Report on vaccination in the Province of Bengal - 1874-1889
Year: 1874
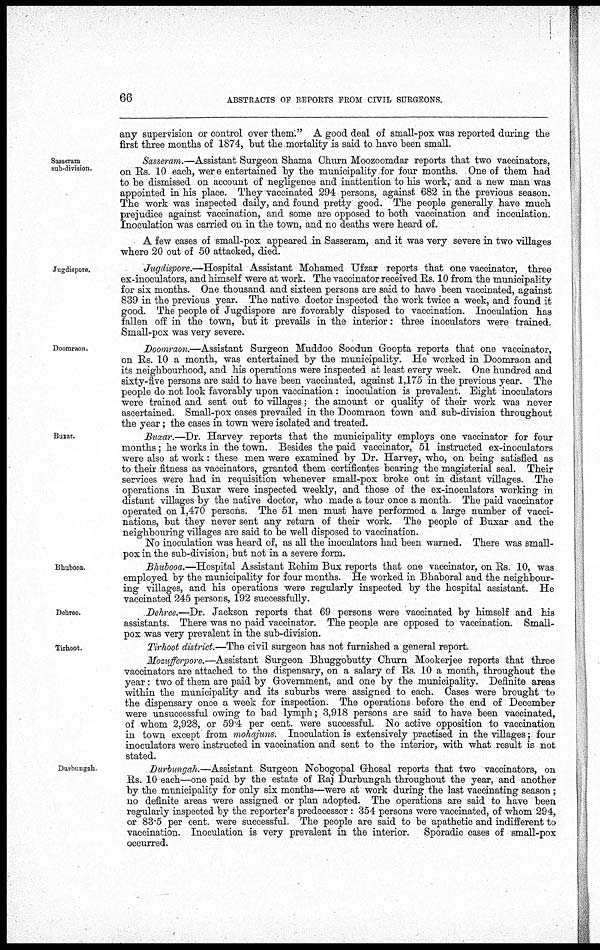
66
ABSTRACTS OF REPORTS FROM CIVIL SURGEONS.
any supervision or control over them." A good deal of small-pox was reported during the
first three months of 1874, but the mortality is said to have been small.
Sasseram
sub-division.
Sasseram.—Assistant Surgeon Shama Churn Moozoomdar reports that two vaccinators,
on Rs. 10 each, were entertained by the municipality for four months. One of them had
to be dismissed on account of negligence and inattention to his work, and a new man was
appointed in his place. They vaccinated 294 persons, against 682 in the previous season.
The work was inspected daily, and found pretty good. The people generally have much
p rejudice against vaccination, and some are opposed to both vaccination and inoculation.
Inoculation was carried on in the town, and no deaths were heard of.
A few cases of small-pox appeared in Sasseram, and it was very severe in two villages
where 20 out of 50 attacked, died.
Jugdispore.
Jugdispore.—Hospital Assistant Mohamed Ufzar reports that one vaccinator, three
ex-inoculators, and himself were at work. The vaccinator received Rs. 10 from the municipality
for six months. One thousand and sixteen persons are said to have been vaccinated, against
839 in the previous year. The native doctor inspected the work twice a week, and found it
good. The people of Jugdispore are fovorably disposed to vaccination. Inoculation has
fallen off in the town, but it prevails in the interior: three inoculators were trained.
Small-pox was very severe.
Doomraon.
Doomraon.—Assistant Surgeon Muddoo Soodun Goopta reports that one vaccinator,
on Rs. 10 a month, was entertained by the municipality. He worked in Doomraon and
its neighbourhood, and his operations were inspected at least every week. One hundred and
sixty-five persons are said to have been vaccinated, against 1,175 in the previous year. The
people do not look favorably upon vaccination : inoculation is prevalent. Eight inoculators
were trained and sent out to villages; the amount or quality of their work was never
ascertained. Small-pox cases prevailed in the Doomraon town and sub-division throughout
the year; the cases in town were isolated and treated.
Buxar.
Buxar.—Dr. Harvey reports that the municipality employs one vaccinator for four
months; he works in the town. Besides the paid vaccinator, 51 instructed ex-inoculators
were also at work: these men were examined by Dr. Harvey, who, on being satisfied as
to their fitness as vaccinators, granted them certificates bearing the magisterial seal. Their
services were had in requisition whenever small-pox broke out in distant villages. The
operations in Buxar were inspected weekly, and those of the ex-inoculators working in
distant villages by the native doctor, who made a tour once a month. The paid vaccinator
operated on 1,470 persons. The 51 men must have performed a large number of vacci-
nations, but they never sent any return of their work. The people of Buxar and the
neighbouring villages are said to be well disposed to vaccination.
No inoculation was heard of, as all the inoculators had been warned. There was small-
pox in the sub-division, but not in a severe form.
Bhubooa.
Bhubooa.—Hospital Assistant Rohim Bux reports that one vaccinator, on Rs. 10, was
employed by the municipality for four months. He worked in Bhaboral and the neighbour-
ing villages, and his operations were regularly inspected by the hospital assistant. He
vaccinated 245 persons, 192 successfully.
Dehree.
Dehree.—Dr. Jackson reports that 69 persons were vaccinated by himself and his
assistants. There was no paid vaccinator. The people are opposed to vaccination. Small-
pox was very prevalent in the sub-division.
Tirhoot.
Tirhoot district.—The civil surgeon has not furnished a general report.
Mozufferpore.—Assistant Surgeon Bhuggobutty Churn Mookerjee reports that three
vaccinators are attached to the dispensary, on a salary of Rs. 10 a month, throughout the
year: two of them are paid by Government, and one by the municipality. Definite areas
within the municipality and its suburbs were assigned to each. Cases were brought to
the dispensary once a week for inspection. The operations before the end of December
were unsuccessful owing to bad lymph; 3,918 persons are said to have been vaccinated,
of whom 2,928, or 59.4 per cent. were successful. No active opposition to vaccination
in town except from mohajuns. Inoculation is extensively practised in the villages; four
inoculators were instructed in vaccination and sent to the interior, with what result is not
stated.
Durbungah.
Durbungah.—Assistant Surgeon Nobogopal Ghosal reports that two vaccinators, on
Rs. 10 each—one paid by the estate of Raj Durbungah throughout the year, and another
by the municipality for only six months—were at work during the last vaccinating season;
no definite areas were assigned or plan adopted. The operations are said to have been
regularly inspected by the reporter's predecessor: 354 persons were vaccinated, of whom 294,
or 83.5 per cent. were successful. The people are said to be apathetic and indifferent to
vaccination. Inoculation is very prevalent in the interior. Sporadic cases of small-pox
occurred.